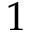
1